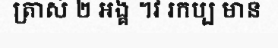
ត្រាស់ ២ អង្គ ។វ រកប្ប មាន